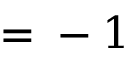
\c = - 1